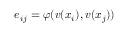
e _ { i j } = \varphi ( v ( x _ { i } ) , v ( x _ { j } ) )